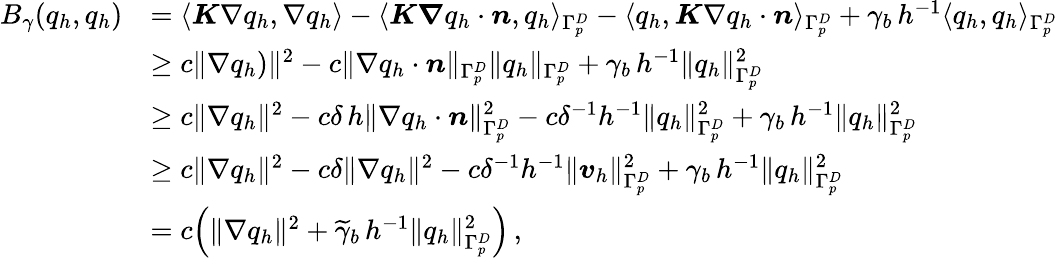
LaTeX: \begin{array}{rl}{B_{\gamma}(q_{h},q_{h})}&{=\langle\boldsymbol K\nabla q_{h},\nabla q_{h}\rangle-\langle\boldsymbol K\boldsymbol\nabla q_{h}\cdot\boldsymbol n,q_{h}\rangle_{\Gamma_{p}^{D}}-\langle q_{h},\boldsymbol K\nabla q_{h}\cdot\boldsymbol n\rangle_{\Gamma_{p}^{D}}+\gamma_{b}\, h^{-1}\langle q_{h},q_{h}\rangle_{\Gamma_{p}^{D}}}\\ &{\geq c\| \nabla q_{h})\| ^{2}-c\| \nabla q_{h}\cdot\boldsymbol n\| _{\Gamma_{p}^{D}}\| q_{h}\| _{\Gamma_{p}^{D}}+\gamma_{b}\, h^{-1}\| q_{h}\| _{\Gamma_{p}^{D}}^{2}}\\ &{\geq c\| \nabla q_{h}\| ^{2}-c\delta\, h\| \nabla q_{h}\cdot\boldsymbol n\| _{\Gamma_{p}^{D}}^{2}-c\delta^{-1}h^{-1}\| q_{h}\| _{\Gamma_{p}^{D}}^{2}+\gamma_{b}\, h^{-1}\| q_{h}\| _{\Gamma_{p}^{D}}^{2}}\\ &{\geq c\| \nabla q_{h}\| ^{2}-c\delta\| \nabla q_{h}\| ^{2}-c\delta^{-1}h^{-1}\| \boldsymbol v_{h}\| _{\Gamma_{p}^{D}}^{2}+\gamma_{b}\, h^{-1}\| q_{h}\| _{\Gamma_{p}^{D}}^{2}}\\ &{=c\Big(\| \nabla q_{h}\| ^{2}+\widetilde\gamma_{b}\, h^{-1}\| q_{h}\| _{\Gamma_{p}^{D}}^{2}\Big)\, ,}\end{array}